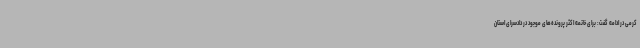
کرمی در ادامه گفت: برای خاتمه اکثر پرونده‌های موجود در دادسرای استان